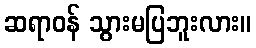
ဆရာဝန် သွားမပြဘူးလား။